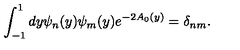
\int _ { - 1 } ^ { 1 } d y \psi _ { n } ( y ) \psi _ { m } ( y ) e ^ { - 2 A _ { 0 } ( y ) } = \delta _ { n m } .